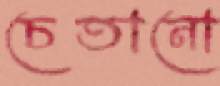
চেতানো